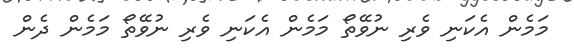
މަމެން އެކަނި ވެރި ނުވޭތޯ މަމެން އެކަނި ވެރި ނުވޭތޯ މަމެން ދެން